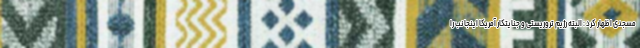
مسجدی اظهار کرد : البته رژیم تروریستی و جنایتکار آمریکا اینجانب را